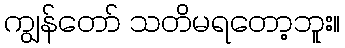
ကျွန်တော် သတိမရတော့ဘူး။